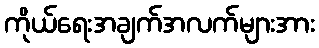
ကိုယ်ရေးအချက်အလက်များအား